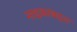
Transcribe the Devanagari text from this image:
नाइकांबद्दल